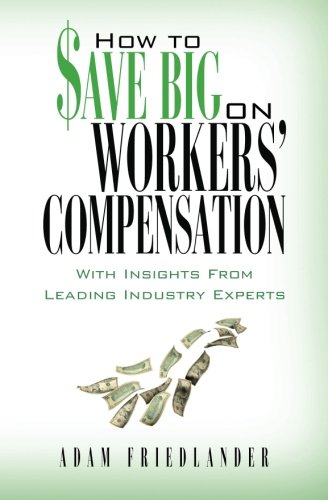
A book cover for How to Save Big on Workers' Compensation: With Insights From Leading Industry Experts; Adam Friedlander; Business & Money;